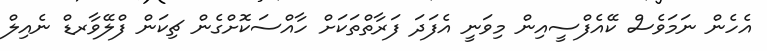
އެހެން ނަމަވެސް ކޭއެފްސީއިން މިވަނީ އެފަދަ ފަރާތްތަކަށް ހާއްސަކޮށްގެން ޗިކަން ފްލޭވާރޑް ނެއިލް